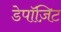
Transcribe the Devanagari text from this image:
डेपॉज़िट